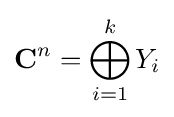
\mathbf {C} ^{n}=\bigoplus _{i=1}^{k}Y_{i}